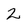
Character: 2